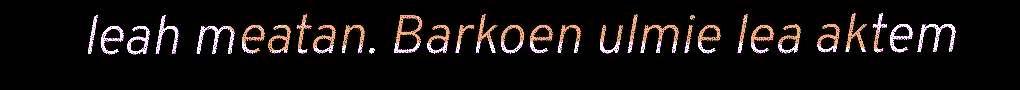
leah meatan. Barkoen ulmie lea aktem